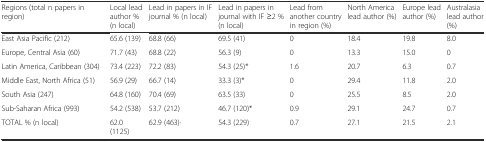
<table><thead><tr><td><b>Regions (total n papers in region)</b></td><td><b>Local lead author % (n local)</b></td><td><b>Lead in papers in IF journal % (n local)</b></td><td><b>Lead in papers in journal with IF ≥2 % (n local)</b></td><td><b>Lead from another country in region (%)</b></td><td><b>North America lead author (%)</b></td><td><b>Europe lead author (%)</b></td><td><b>Australasia lead author (%)</b></td></tr></thead><tbody><tr><td>East Asia Pacific (212)</td><td>65.6 (139)</td><td>68.8 (66)</td><td>69.5 (41)</td><td>0</td><td>18.4</td><td>19.8</td><td>8.0</td></tr><tr><td>Europe, Central Asia (60)</td><td>71.7 (43)</td><td>68.8 (22)</td><td>56.3 (9)</td><td>0</td><td>13.3</td><td>15.0</td><td>0</td></tr><tr><td>Latin America, Caribbean (304)</td><td>73.4 (223)</td><td>72.2 (83)</td><td>54.3 (25)*</td><td>1.6</td><td>20.7</td><td>6.3</td><td>0.7</td></tr><tr><td>Middle East, North Africa (51)</td><td>56.9 (29)</td><td>66.7 (14)</td><td>33.3 (3)*</td><td>0</td><td>29.4</td><td>11.8</td><td>2.0</td></tr><tr><td>South Asia (247)</td><td>64.8 (160)</td><td>70.4 (69)</td><td>63.5 (33)</td><td>0</td><td>25.5</td><td>8.5</td><td>2.0</td></tr><tr><td>Sub-Saharan Africa (993)</td><td>54.2 (538)</td><td>53.7 (212)</td><td>46.7 (120)*</td><td>0.9</td><td>29.1</td><td>24.7</td><td>0.7</td></tr><tr><td>TOTAL % (n local)</td><td>62.0 (1125)</td><td>62.9 (463)·</td><td>54.3 (229)</td><td>0.7</td><td>27.1</td><td>21.5</td><td>2.1</td></tr></tbody></table>